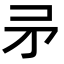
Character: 𭿵